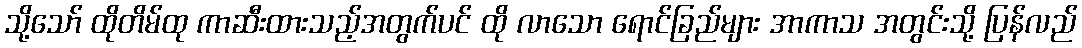
သို့သော် ထိုတိမ်ထု ကာဆီးထားသည့်အတွက်ပင် ထို လာသော ရောင်ခြည်များ အာကာသ အတွင်းသို့ ပြန်လည်